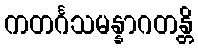
ကတင်္ဂသမန္နာဂတန္တိ